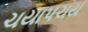
ચયાપચય